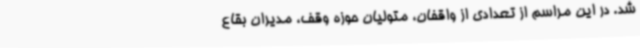
شد. در این مراسم از تعدادی از واقفان، متولیان حوزه وقف، مدیران بقاع